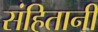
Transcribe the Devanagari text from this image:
संहितानी